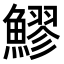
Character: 𬵩